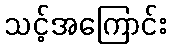
သင့်အကြောင်း